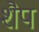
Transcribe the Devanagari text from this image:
शैप